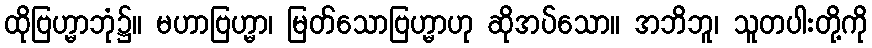
ထိုဗြဟ္မာဘုံ၌။ မဟာဗြဟ္မာ၊ မြတ်သောဗြဟ္မာဟု ဆိုအပ်သော။ အဘိဘူ၊ သူတပါးတို့ကို